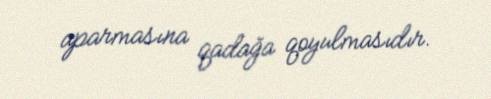
aparmasına qadağa qoyulmasıdır.